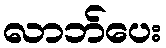
လာဘ်ပေး